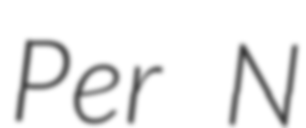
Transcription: Per N